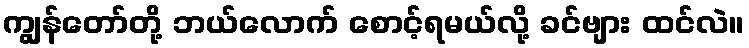
ကျွန်တော်တို့ ဘယ်လောက် စောင့်ရမယ်လို့ ခင်ဗျား ထင်လဲ။